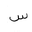
Letter: _sin